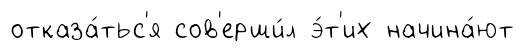
отказа́тьс'я сов'ерши́л э́т'их начина́ют